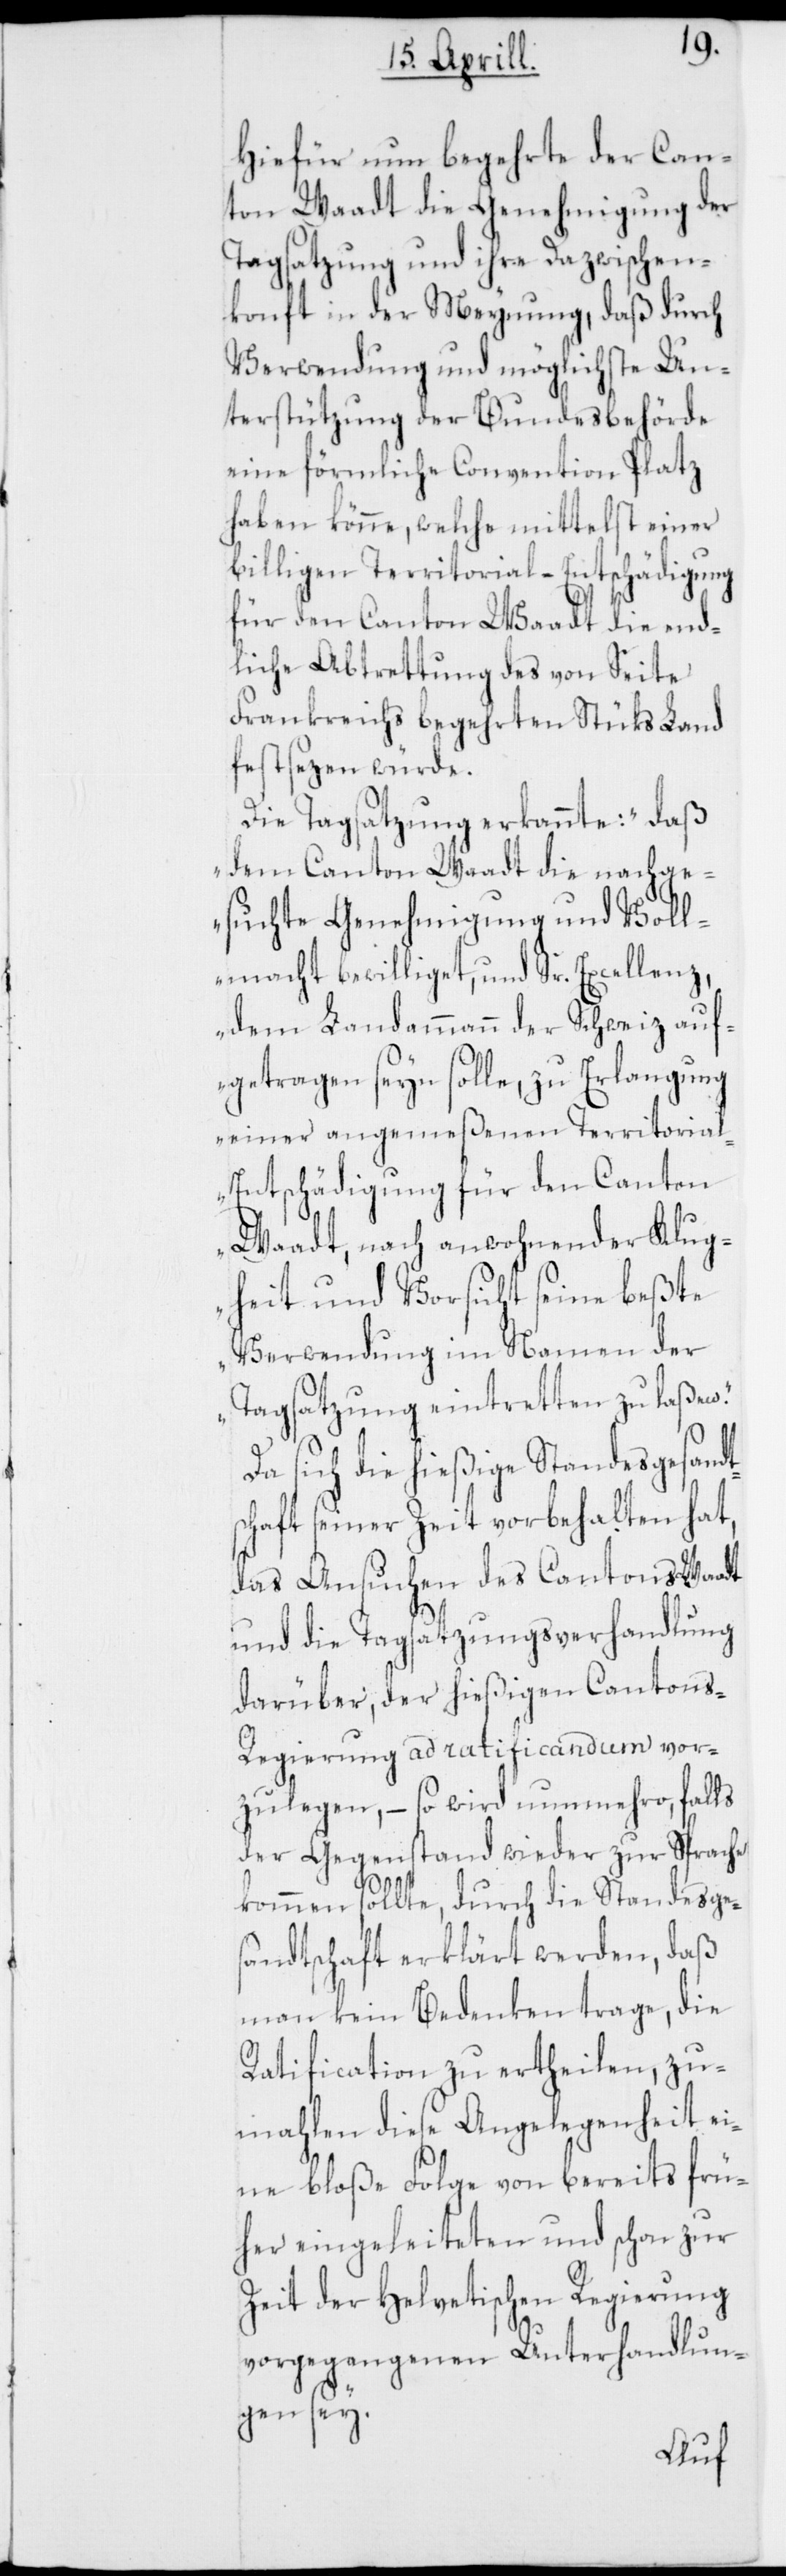
Hiefür nun begehrte der Can¬
ton Waadt die Genehmigung der
Tagsatzung und ihre Dazwischen¬
konft in der Meynung, daß durch
Verwendung und möglichste Un¬
terstützung der Bundesbehörde
eine förmliche Convention Platz
haben könne, welche mittelst einer
billigen Territorial-Entschädigung
für den Canton Waadt die end¬
liche Abtrettung des von Seite
Frankreichs begehrten Stüks Land
festsezen würde.
Die Tagsatzung erkannte: „daß
dem Canton Waadt die nachge¬
suchte Genehmigung und Voll¬
macht bewilliget, und Sr. Excellenz,
dem Landammann der Schweiz auf¬
getragen seyn solle, zu Erlangung
einer angemeßenen Territoria¬
l-Entschädigung für den Canton
Waadt, nach anwohnender Klug¬
heit und Vorsicht seine beßte
Verwendung im Namen der
Tagsatzung eintretten zu laßen.“
Da sich die hießige Standesgesandt¬
schaft seiner Zeit vorbehalten hat,
das Ansuchen des Cantons Waadt
und die Tagsatzungs-Verhandlung
darüber, der hießigen Cantons-R¬
egierung ad ratificandum vor¬
zulegen, – so wird nunmehro, falls
der Gegenstand wieder zur Sprache
kommen sollte, durch die Standesge¬
sandtschaft erklärt werden, daß
man kein Bedenken trage, die
Ratification zu ertheilen, zu¬
mahlen diese Angelegenheit ei¬
ne bloße Folge von bereits frü¬
her eingeleiteten und schon zur
Zeit der Helvetischen Regierung
vorgegangenen Unterhandlun¬
gen sey.